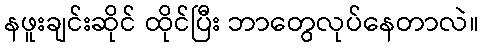
နဖူးချင်းဆိုင် ထိုင်ပြီး ဘာတွေလုပ်နေတာလဲ။